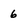
Character: 6